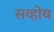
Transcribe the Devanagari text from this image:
सव्होय